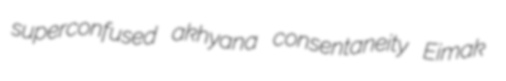
superconfused akhyana consentaneity Eimak